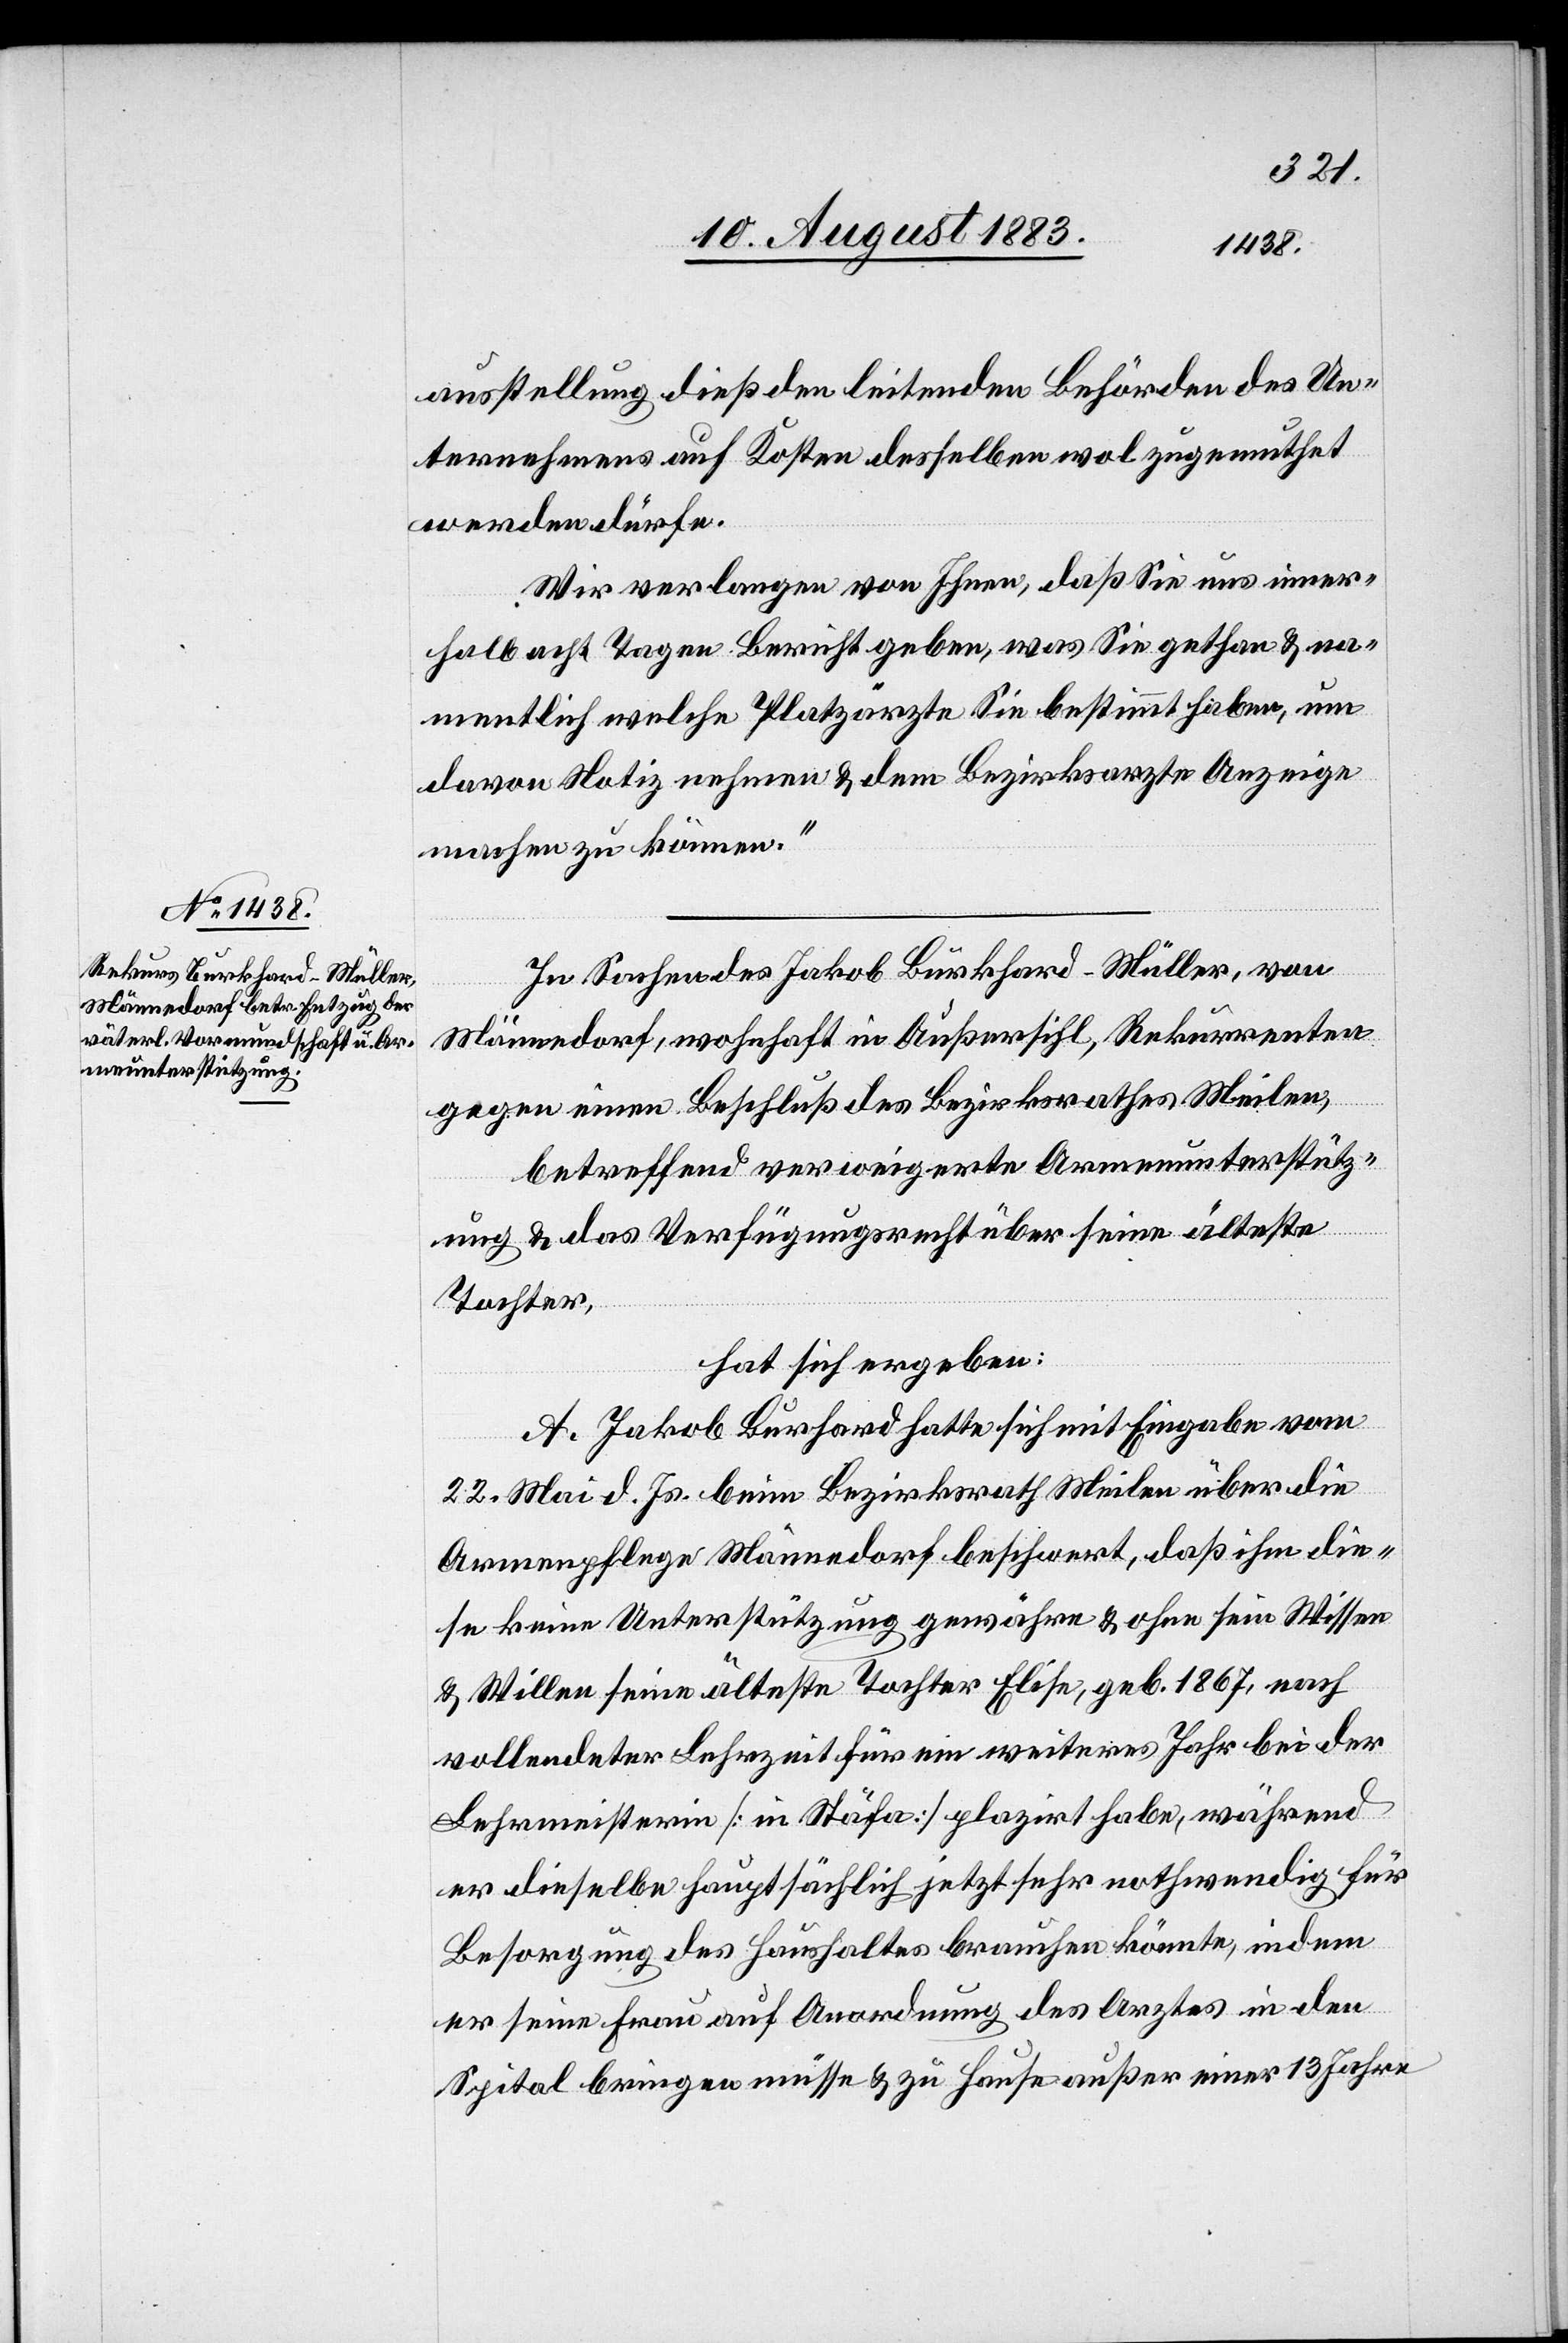
ausstellung dieß den leitenden Behörden des Un¬
ternehmens auf Kosten desselben wol zugemuthet
werden dürfe.
Wir verlangen von Ihnen, daß Sie uns inner¬
halb acht Tagen Bericht geben, was Sie gethan & na¬
mentlich welche Platzärzte Sie bestimmt haben, um
davon Notiz nehmen & dem Bezirksarzte Anzeige
machen zu können.“
In Sachen des Jakob Burkhard-Müller, von
Männedorf, wohnhaft in Außersihl, Rekurrenten
gegen einen Beschluß des Bezirksrathes Meilen,
betreffend verweigerte Armenunterstütz¬
ung & das Verfügungsrecht über seine älteste
Tochter,
hat sich ergeben:
A. Jakob Burkhard hatte sich mit Eingabe vom
22. Mai d. Js. beim Bezirksrath Meilen über die
Armenpflege Männedorf beschwert, daß ihm die¬
se keine Unterstützung gewähre & ohne sein Wissen
& Willen seine älteste Tochter Elise, geb. 1867, nach
vollendeter Lehrzeit für ein weiteres Jahr bei der
Lehrmeisterin [in Stäfa] platzirt habe, während
er dieselbe hauptsächlich jetzt sehr nothwendig für
Besorgung des Haushaltes brauchen könnte, indem
er seine Frau auf Anordnung des Arztes in den
Spital bringen müsse & zu Hause außer einer 13 Jahre